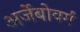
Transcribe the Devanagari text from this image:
अर्जेबोवर्ग